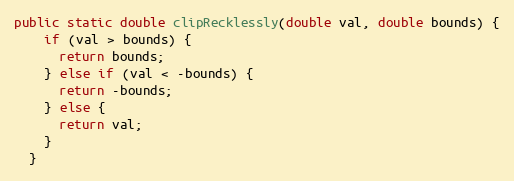
Language: Java
public static double clipRecklessly(double val, double bounds) {
    if (val > bounds) {
      return bounds;
    } else if (val < -bounds) {
      return -bounds;
    } else {
      return val;
    }
  }